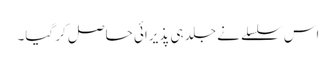
اس سلسلے نے جلد ہی پذیرائی حاصل کر گیا۔